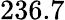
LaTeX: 236.7